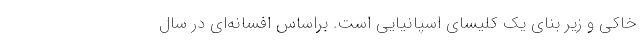
خاکی و زیر بنای یک کلیسای اسپانیایی است. براساس افسانه‌ا‌ی در سال